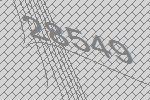
28549